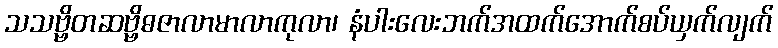
သသဗ္ဗိတဆဗ္ဗိဓဇာလာမာလာကုလာ၊ နံပါးလေးဘက်အထက်အောက်စပ်ယှက်လျက်